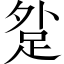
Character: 𨀑